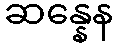
ဆန္နေန